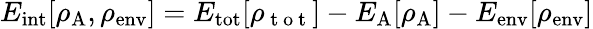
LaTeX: E_{\mathrm{int}}[\rho_{\mathrm{A}},\rho_{\mathrm{env}}]=E_{\mathrm{tot}}[\rho_{\mathrm{~t~o~t~}}]-E_{\mathrm{A}}[\rho_{\mathrm{A}}]-E_{\mathrm{env}}[\rho_{\mathrm{env}}]